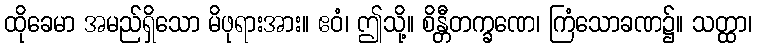
ထိုခေမာ အမည်ရှိသော မိဖုရားအား။ ဧဝံ၊ ဤသို့။ စိန္တီတက္ခဏေ၊ ကြံသောခဏ၌။ သတ္ထာ၊